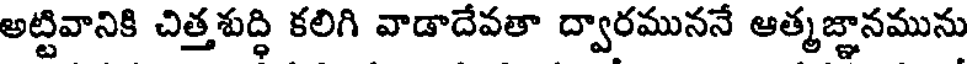
అట్టివానికి చిత్తశుద్ధి కలిగి వాడాదేవతా ద్వారముననే ఆత్మజ్ఞానమును